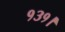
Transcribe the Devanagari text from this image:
१३१।